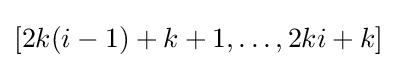
[2k(i-1)+k+1,\dots ,2ki+k]